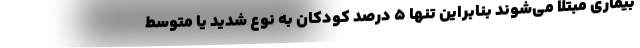
بیماری مبتلا می‌شوند بنابراین تنها ۵ درصد کودکان به نوع شدید یا متوسط